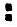
: